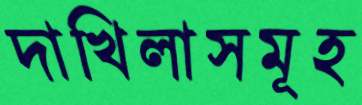
দাখিলাসমূহ